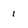
Character: i